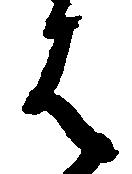
は